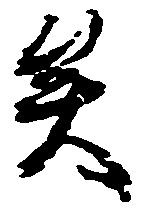
矣